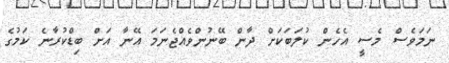
ނަމަވެސް މެސީ އެހެން ކުލަބަކަށް ދާން ބޭނުންވެއްޖެނަމަ އޭނާ އަށް ބިޑްކުރާނެ ކަމުގެ